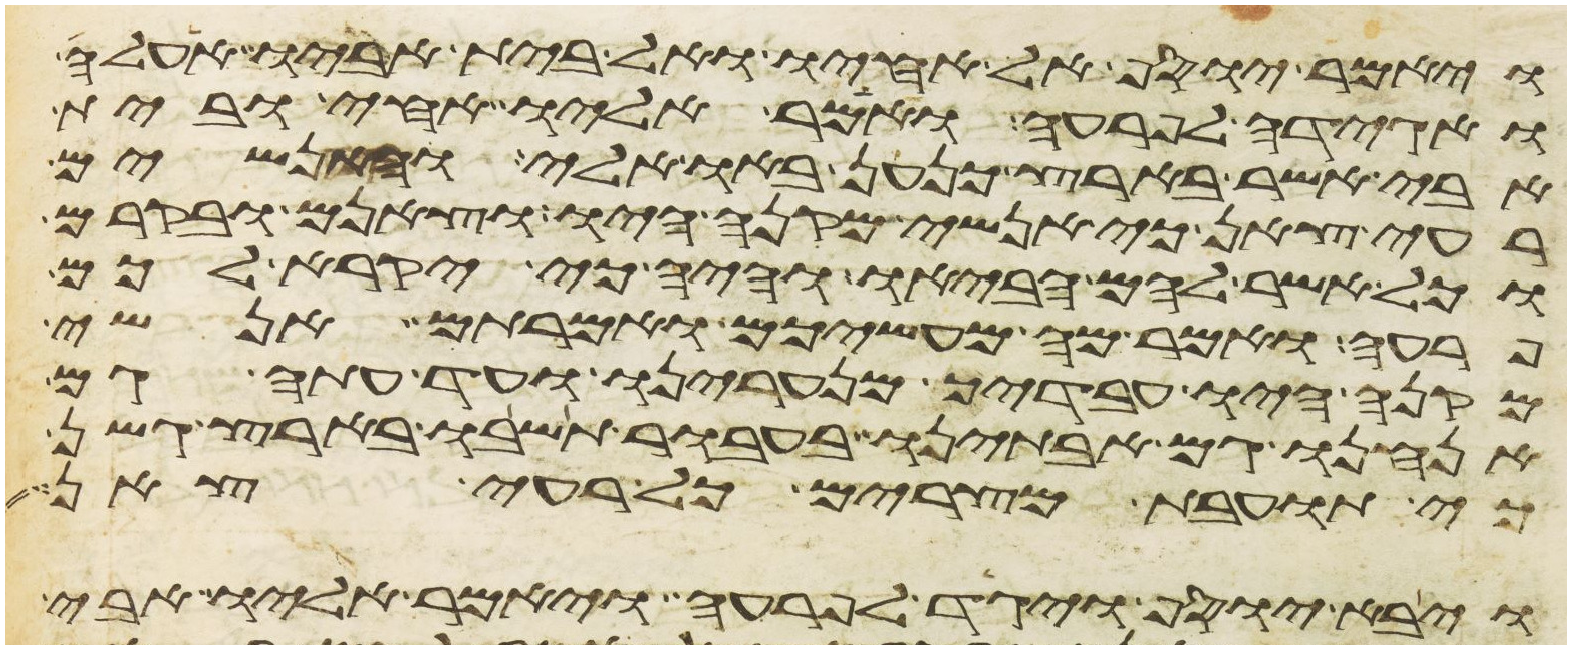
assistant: ויאמר יוסף אל אחיו ואל בית אביו אעלה
ואגידה לפרעה ואמר אליו אחי ובית
אבי אשר בארץ כנען באו אלי והאנשים
רעי צאן כי אנשי מקנה היו וצאנם ובקרם
וכל אשר להם הביאו והיה כי יקרא לכם
פרעה ואמר מה מעשיכם ואמרתם אנשי
מקנה היו עבדיך מנערינו ועד עתה גם
אנחנו גם אבתינו בעבור תשבו בארץ גשן
כי תועבת מצרים כל רעי צאן
ויבא יוסף ויגד לפרעה ויאמר אליו אבי